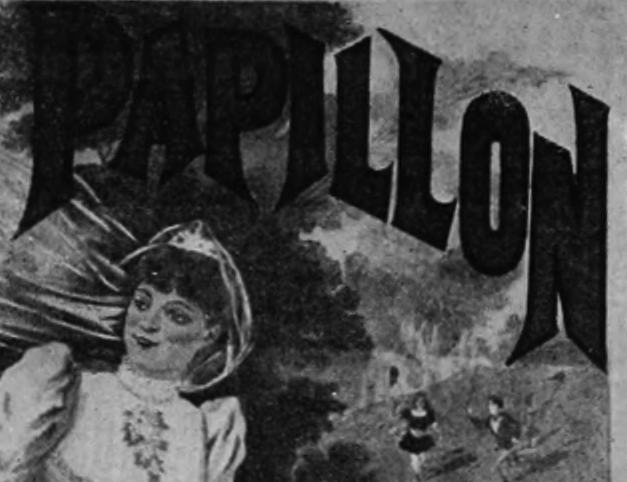
PAPILLON